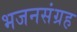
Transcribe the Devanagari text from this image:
भजनसंग्रह